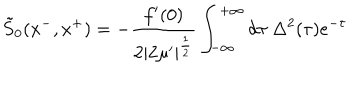
LaTeX: \tilde { S } _ { 0 } ( x ^ { - } , x ^ { + } ) = - { \frac { f ^ { \prime } ( 0 ) } { 2 | 2 \mu ^ { \prime } | ^ { \frac { 1 } { 2 } } } } \int _ { - \infty } ^ { + \infty } d \tau \ \Delta ^ { 2 } ( \tau ) e ^ { - \tau }